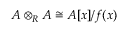
A \otimes _ { R } A \cong A [ x ] / f ( x )